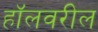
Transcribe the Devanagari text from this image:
हॉलवरील